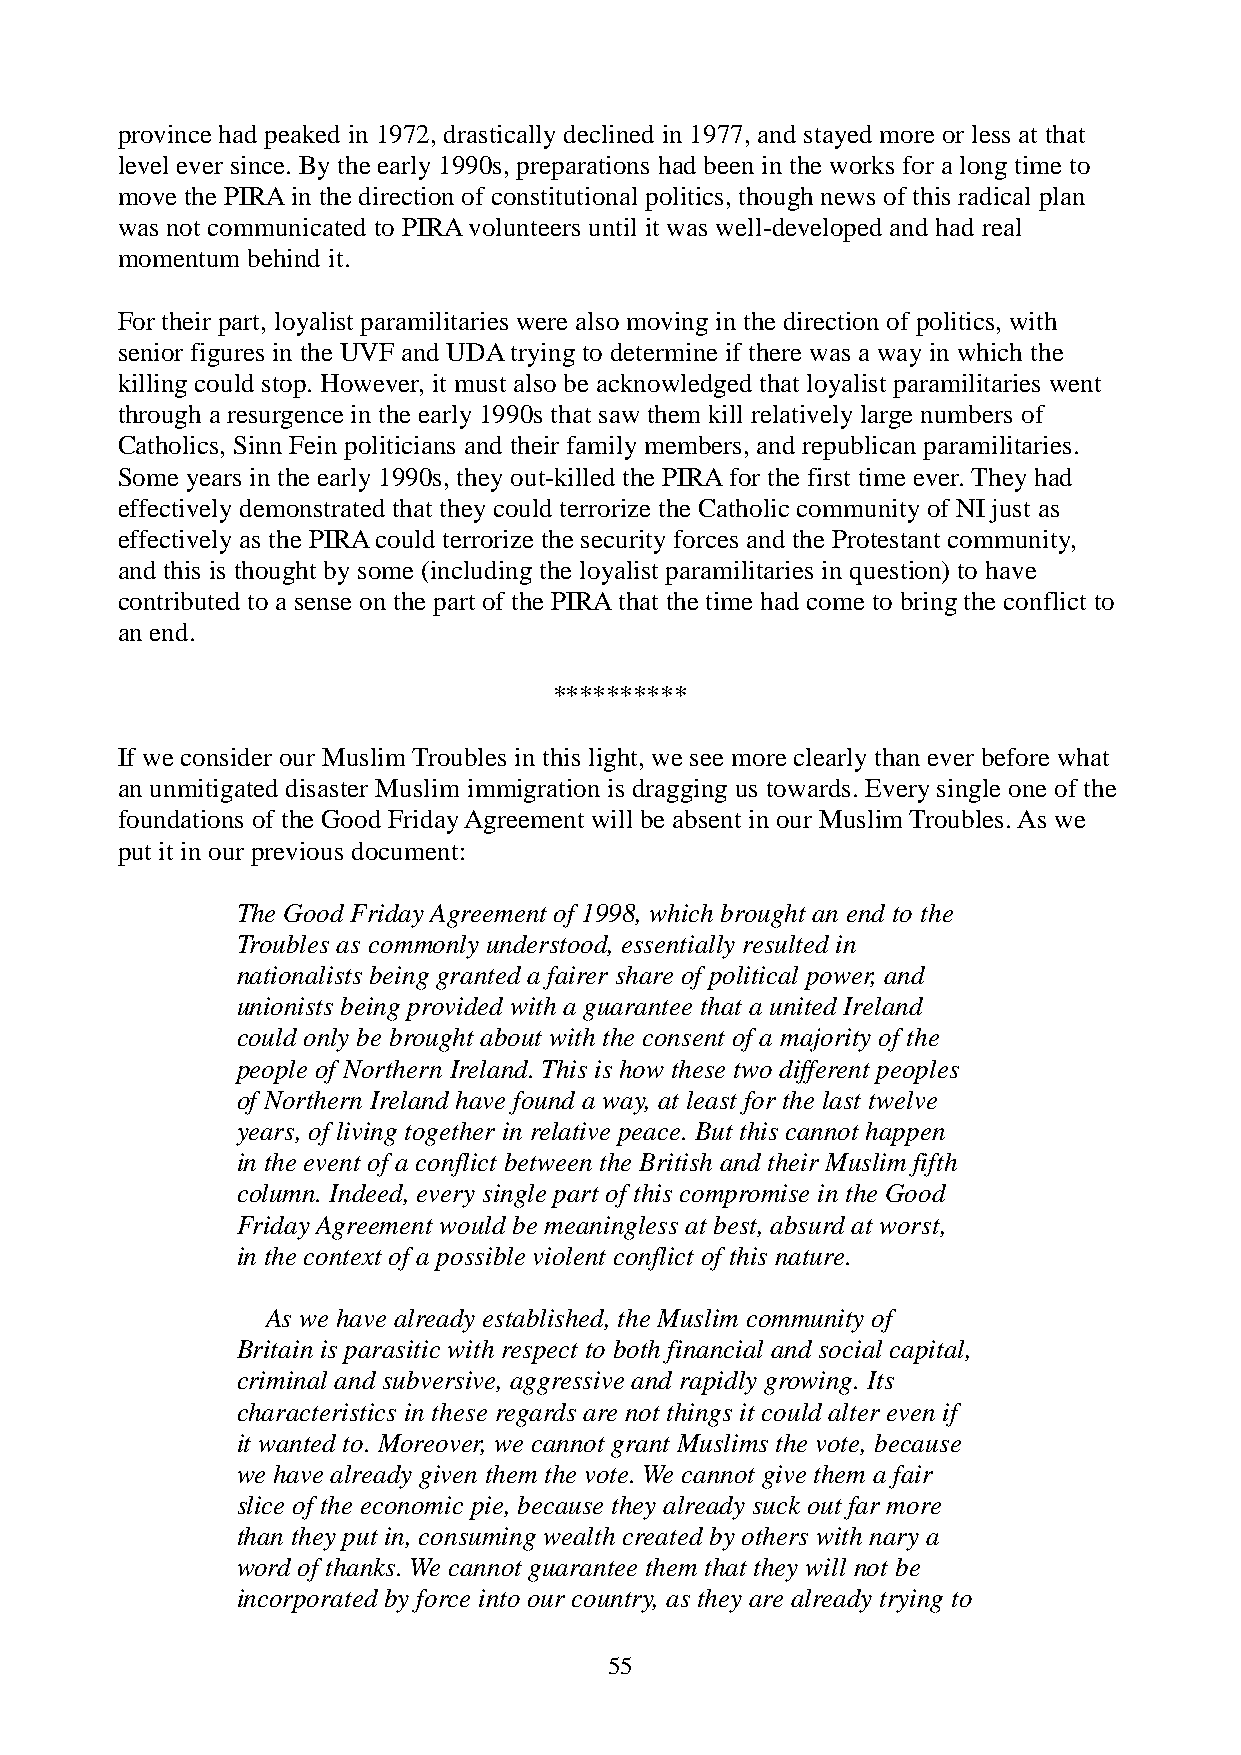
province had peaked in 1972, drastically declined in 1977, and stayed more or less at that
 level ever since. By the early 1990s, preparations had been in the works for a long time to
 move the PIRA in the direction of constitutional politics, though news of this radical plan
 was not communicated to PIRA volunteers until it was well-developed and had real
 momentum behind it.
 For their part, loyalist paramilitaries were also moving in the direction of politics, with
 senior figures in the UVF and UDA trying to determine if there was a way in which the
 killing could stop. However, it must also be acknowledged that loyalist paramilitaries went
 through a resurgence in the early 1990s that saw them kill relatively large numbers of
 Catholics, Sinn Fein politicians and their family members, and republican paramilitaries.
 Some years in the early 1990s, they out-killed the PIRA for the first time ever. They had
 effectively demonstrated that they could terrorize the Catholic community of NI just as
 effectively as the PIRA could terrorize the security forces and the Protestant community,
 and this is thought by some (including the loyalist paramilitaries in question) to have
 contributed to a sense on the part of the PIRA that the time had come to bring the conflict to
 an end.
 **********
 If we consider our Muslim Troubles in this light, we see more clearly than ever before what
 an unmitigated disaster Muslim immigration is dragging us towards. Every single one of the
 foundations of the Good Friday Agreement will be absent in our Muslim Troubles. As we
 put it in our previous document:
 The Good Friday Agreement of 1998, which brought an end to the
 Troubles as commonly understood, essentially resulted in
 nationalists being granted a fairer share of political power, and
 unionists being provided with a guarantee that a united Ireland
 could only be brought about with the consent of a majority of the
 people of Northern Ireland. This is how these two different peoples
 of Northern Ireland have found a way, at least for the last twelve
 years, of living together in relative peace. But this cannot happen
 in the event of a conflict between the British and their Muslim fifth
 column. Indeed, every single part of this compromise in the Good
 Friday Agreement would be meaningless at best, absurd at worst,
 in the context of a possible violent conflict of this nature.
 As we have already established, the Muslim community of
 Britain is parasitic with respect to both financial and social capital,
 criminal and subversive, aggressive and rapidly growing. Its
 characteristics in these regards are not things it could alter even if
 it wanted to. Moreover, we cannot grant Muslims the vote, because
 we have already given them the vote. We cannot give them a fair
 slice of the economic pie, because they already suck out far more
 than they put in, consuming wealth created by others with nary a
 word of thanks. We cannot guarantee them that they will not be
 incorporated by force into our country, as they are already trying to
 55